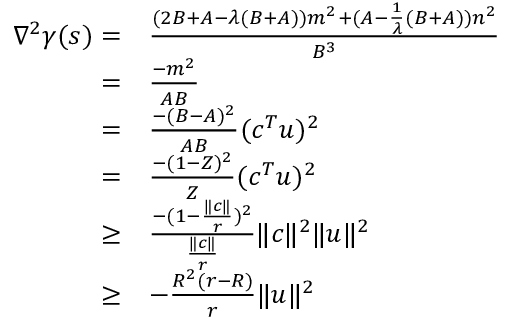
\begin{array} { r l } { \nabla ^ { 2 } \gamma ( s ) = } & { \frac { ( 2 B + A - \lambda ( B + A ) ) m ^ { 2 } + ( A - \frac { 1 } { \lambda } ( B + A ) ) n ^ { 2 } } { B ^ { 3 } } } \\ { = } & { \frac { - m ^ { 2 } } { A B } } \\ { = } & { \frac { - ( B - A ) ^ { 2 } } { A B } ( c ^ { T } u ) ^ { 2 } } \\ { = } & { \frac { - ( 1 - Z ) ^ { 2 } } { Z } ( c ^ { T } u ) ^ { 2 } } \\ { \geq } & { \frac { - ( 1 - \frac { \| c \| } { r } ) ^ { 2 } } { \frac { \| c \| } { r } } \| c \| ^ { 2 } \| u \| ^ { 2 } } \\ { \geq } & { - \frac { R ^ { 2 } ( r - R ) } { r } \| u \| ^ { 2 } } \end{array}